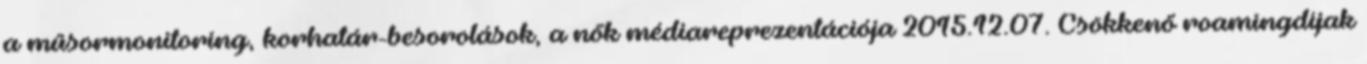
a műsormonitoring, korhatár-besorolások, a nők médiareprezentációja 2015.12.07. Csökkenő roamingdíjak